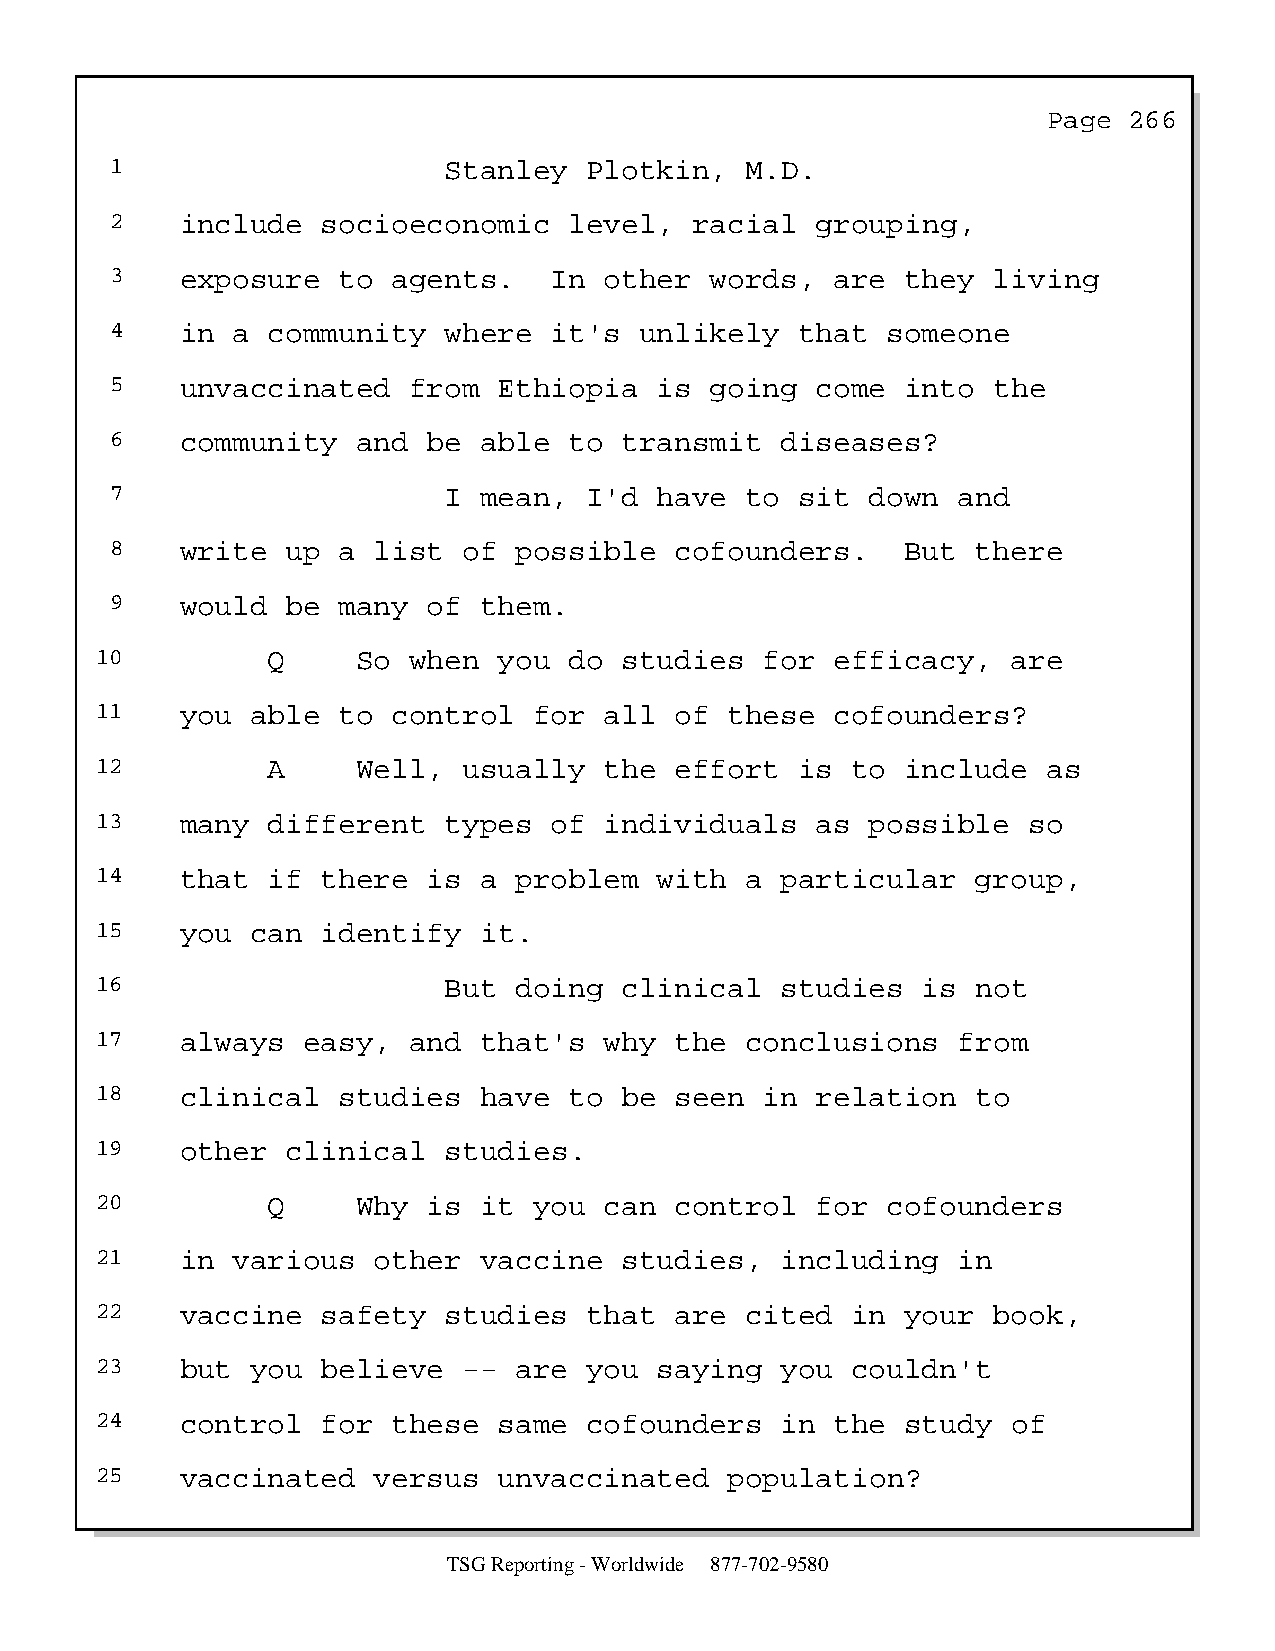
Page  266
 1                     Stanley   Plotkin,  M.D.
 2    include  socioeconomic    level,  racial  grouping,
 3    exposure  to  agents.   In  other  words,  are  they  living
 4    in a  community  where  it's  unlikely   that  someone
 5    unvaccinated   from  Ethiopia   is going  come  into  the
 6    community   and be  able  to transmit   diseases?
 7                     I  mean,  I'd  have to  sit  down and
 8    write  up a  list  of possible   cofounders.    But  there
 9    would  be many  of  them.
 10          Q     So when  you  do studies   for efficacy,   are
 11    you  able to  control  for  all  of these  cofounders?
 12          A     Well,  usually  the  effort  is to  include  as
 13    many  different  types  of  individuals   as  possible  so
 14    that  if there  is  a problem   with a  particular   group,
 15    you  can identify   it.
 16                     But  doing  clinical   studies  is  not
 17    always  easy,  and  that's  why  the conclusions   from
 18    clinical  studies   have  to be  seen  in relation   to
 19    other  clinical  studies.
 20          Q     Why is  it you  can  control  for  cofounders
 21    in various   other  vaccine  studies,   including  in
 22    vaccine  safety  studies   that  are cited  in  your  book,
 23    but  you believe   -- are  you  saying  you couldn't
 24    control  for  these  same  cofounders   in the  study  of
 25    vaccinated   versus  unvaccinated   population?
 TSG Reporting - Worldwide 877-702-9580